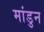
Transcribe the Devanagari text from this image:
मांडुन